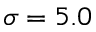
\sigma = 5 . 0